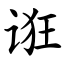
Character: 诳